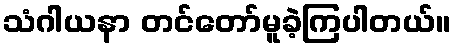
သံဂါယနာ တင်တော်မူခဲ့ကြပါတယ်။